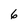
Character: 6